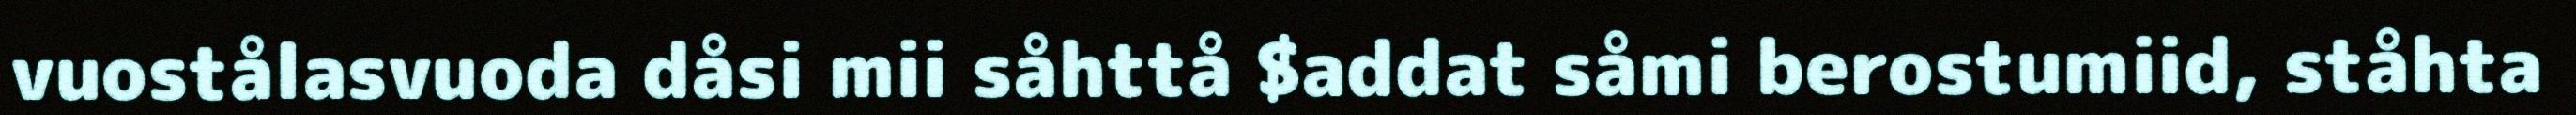
vuostålasvuoda dåsi mii såhttå $addat såmi berostumiid, ståhta